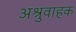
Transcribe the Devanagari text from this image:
अश्रुवाहक